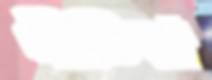
গীতিকা